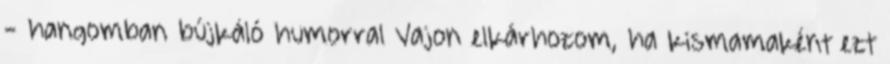
- hangomban bújkáló humorral Vajon elkárhozom, ha kismamaként ezt